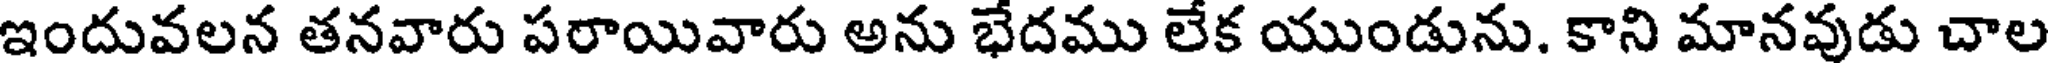
ఇందువలన తనవారు పరాయివారు అను భేదము లేక యుండును. కాని మానవుడు చాల